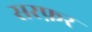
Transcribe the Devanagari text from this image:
सरफ़र